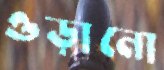
ওড়ানো